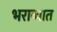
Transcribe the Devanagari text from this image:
भराव्यात